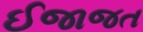
ઈજાજત